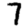
Digit: 7